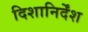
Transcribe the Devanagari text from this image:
दिशानिर्देंश